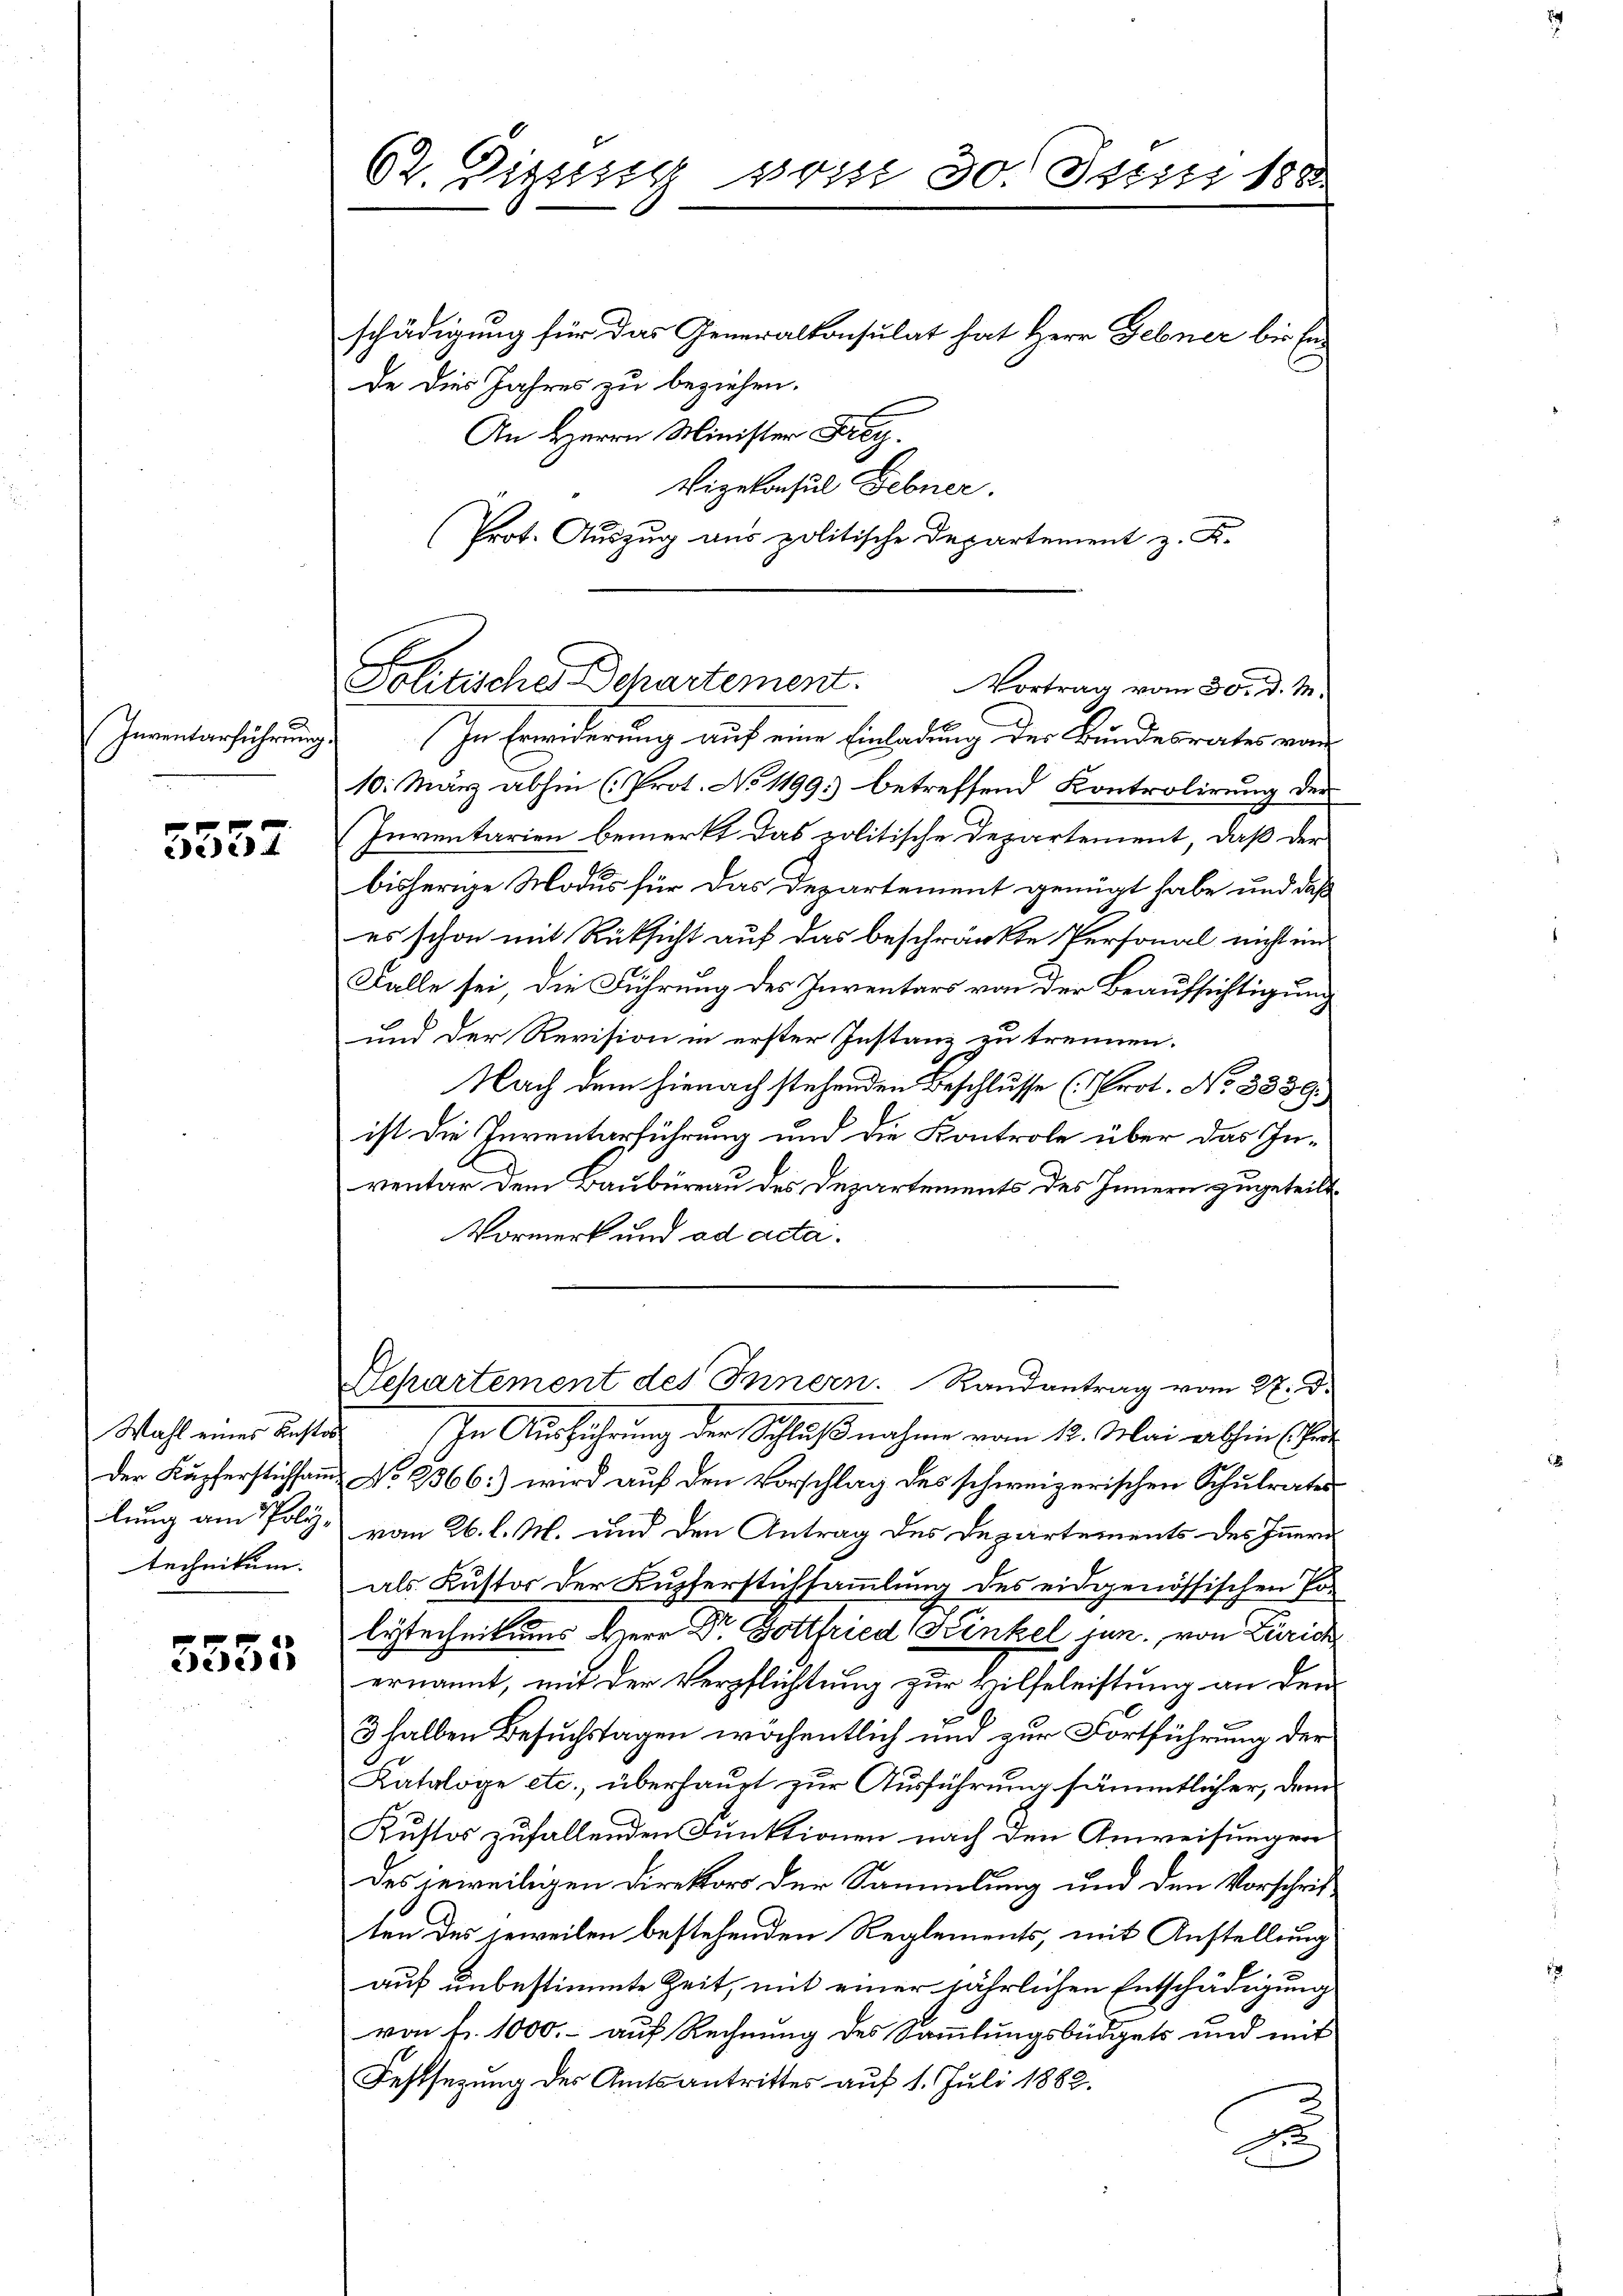
(Inventarführung.

5557

Der Kupferstichsamm
lung am Politechnikum.

5555

62. Digung vom 30. Juni 188

schädigung für das Generalkonsulat hat Herr Gebner bis Ende dies Jahres zu beziehen.
An Herrn Minister Frey.
Vizekonsul Gebner.
(Prot. Auszug aus politische Departement z. K.
In Erwiderung auf eine Einladung der Bundesrates von
10. März abhin (Prot. No 1199) betreffend Kontrolirung der
Inventarien bemerkt das politische Departement, daß der
bisherige Modus für das Departement genügt habe und daß
es schon mit Rücksicht auf das beschränkte Personal nicht im
Falle sei, die Führung des Inventars von der Beaufsichtigung
und der Revision in erster Instanz zu trennen.
Nach dem hienach stehenden Beschlusse (Prot. No 8839.
ist die Inventarführung und die Kontrole über das Inventar dem Baubureau des Departements des Innern zugeteilt.
Vormerk und ad acta.
Departement des Innern. Randantrag vom 27. d.
Wahl eines Anstat. In Ausführung der Schlußnahme vom 12. Mai abhin (Per-
No 2366:) wird auf den Vorschlag des schweizerischen Schulrates
vom 26. l. M. und den Antrag des Departements des Innern
als Kustor der Kupferstichsammlung des eidgenössischen Po-
lytechnikums Herr Dr. Gottfried Kinkel jun., von Zürich
ernannt, mit der Verpflichtung zur Hilfeleistung an den
3 halben Besuchstagen wöchentlich und zur Fortführung der
Kataloge etc., überhaupt zur Ausführung sämmtlicher, dem
Kustos zufallenden Funktionen nach den Anweisungen
des jeweiligen Direktors der Sammlung und den Vorschrift
ten des jeweilen bestehenden Reglements, mit Anstellung
auf unbestimmte Zeit, mit einer jährlichen Entschädigung
von fr. 1000.- auf Rechnung des Sammlungsbüdgets und mit
Festsezung des Amtsantrittes auf 1. Juli 1882.
d

E
Politisches Departement.
Vortrag vom 30. d. M.